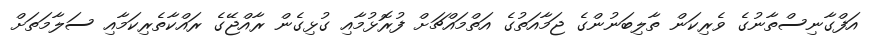
އަފްގާނިސްތާނުގެ ވެރިކަން ތާލިބަނުންގެ ޖަމާއަތުގެ އަތްމައްޗަށް ފުރޮޅުމާއި ގުޅިގެން ރާއްޖޭގެ ރައްކާތެރިކަމާއި ސަލާމަތަށް